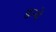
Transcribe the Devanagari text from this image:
डन्चे